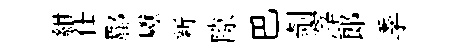
紺仕郿巘新隙巴剞滓郎季